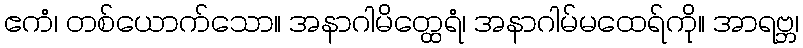
ဧကံ၊ တစ်ယောက်သော။ အနာဂါမိတ္ထေရံ၊ အနာဂါမ်မထေရ်ကို။ အာရဗ္ဘ၊